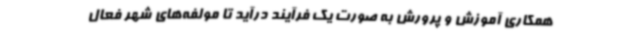
همکاری آموزش و پرورش به صورت یک فرآیند درآید تا مولفه‌های شهر فعال